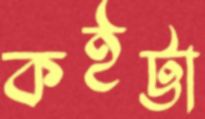
কইট্টা